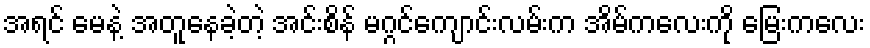
အရင် မေနဲ့ အတူနေခဲ့တဲ့ အင်းစိန် မဂ္ဂင်ကျောင်းလမ်းက အိမ်ကလေးကို မြေးကလေး